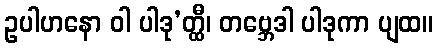
ဥပါဟနော ဝါ ပါဒု’တ္ထီ၊ တဗ္ဘေဒါ ပါဒုကာ ပျထ။